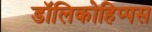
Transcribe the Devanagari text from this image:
डॉलिकोहिप्पस